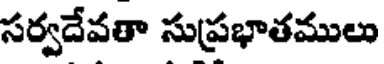
సర్వదేవతా సుప్రభాతములు